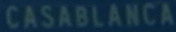
CASABLANCA